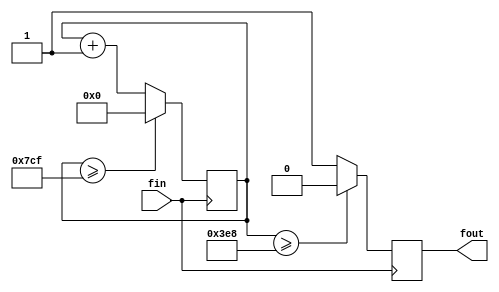
module FDIV25K(fin,fout);
	input fin;
	output fout;
	wire [31:0] _DIVN,DIVN;
	reg [31:0] count;
	reg fout;
	
	assign DIVN=2000;	
	assign _DIVN = DIVN >>1;
	
	always @(posedge fin)
		if(count>=DIVN-1) 
			count=0;
		else
			count = count +1;
	always @ (negedge fin)
         if(count>=_DIVN)
				fout=0;
			else
				fout=1'd1;
endmodule